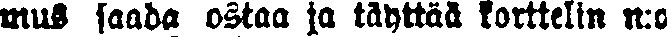
mus saada ostaa ja täyttää korttelin n:o